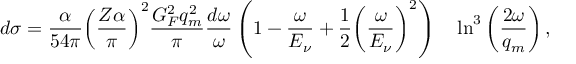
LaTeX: d \sigma = { \frac { \alpha } { 5 4 \pi } } { \left( \frac { Z \alpha } { \pi } \right) } ^ { 2 } { \frac { G _ { F } ^ { 2 } q _ { m } ^ { 2 } } { \pi } } { \frac { d \omega } { \omega } } \left( 1 - { \frac { \omega } { E _ { \nu } } } + { \frac { 1 } { 2 } } { \left( \frac { \omega } { E _ { \nu } } \right) } ^ { 2 } \right) \quad \ln ^ { 3 } \left( { \frac { 2 \omega } { q _ { m } } } \right) ,